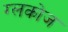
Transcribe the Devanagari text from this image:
ग्लकोज